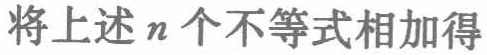
将上述\(n\)个不等式相加得